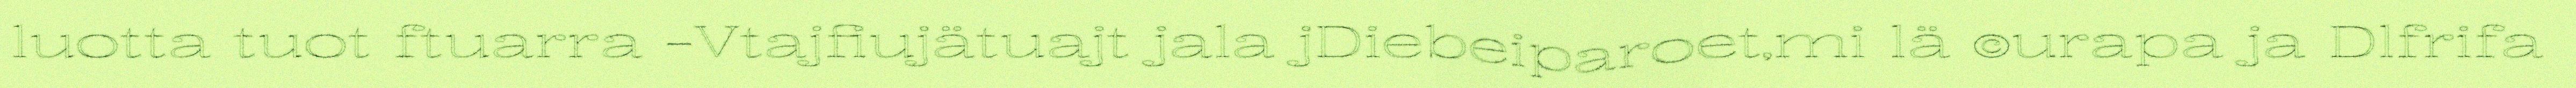
luotta tuot ftuarra -Vtajfiujätuajt jala jDiebeiparoet,mi lä ©urapa ja Dlfrifa